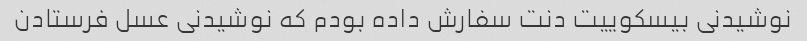
نوشیدنی بیسکوییت دنت سفارش داده بودم که نوشیدنی عسل فرستادن